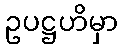
ဥပဋ္ဌဟိမှာ